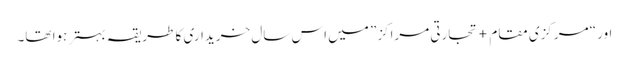
اور “مرکزی مقام + تجارتی مراکز” میں اس سال خریداری کا طریقہ بہتر ہوا تھا۔